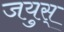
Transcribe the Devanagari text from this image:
जयुस्